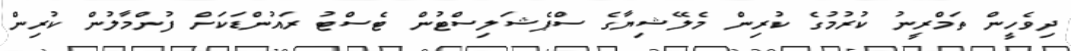
ދިވެހީން ތަމްރީނު ކުރުމުގެ ކުރިން މެލޭޝިޔާގެ ސްޕެޝަލިސްޓުން ޓެސްޓު ރައުންޑަކަށް ފުންމާލުން ކުރިން